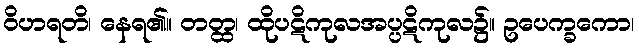
ဝိဟရတိ၊ နေရ၏။ တတ္ထ၊ ထိုပဋိကုလအပ္ပဋိကုလ၌။ ဥပေက္ခကော၊